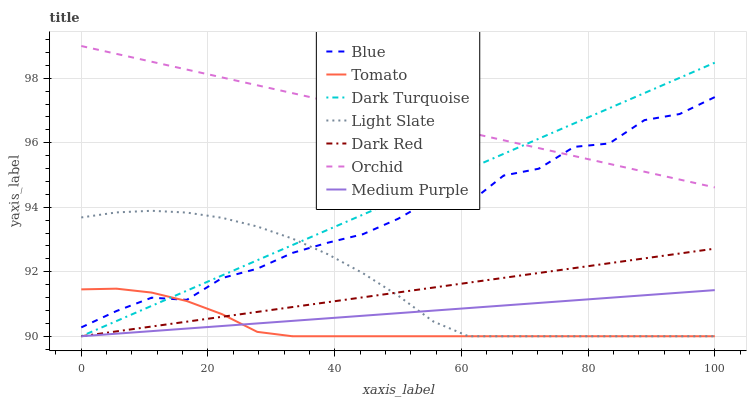
| xaxis_label | Blue | Tomato | Dark Turquoise | Light Slate | Dark Red | Orchid | Medium Purple |
 | --- | --- | --- | --- | --- | --- | --- | --- |
 | 0 | 90.3 | 91.5 | 90 | 93.7 | 90 | 99 | 90 |
 | 5.56 | 90.8 | 91.5 | 90.5 | 93.8 | 90.2 | 98.8 | 90.1 |
 | 11.1 | 91.2 | 91.4 | 90.9 | 93.9 | 90.3 | 98.5 | 90.2 |
 | 16.7 | 91.1 | 91.1 | 91.4 | 93.8 | 90.5 | 98.3 | 90.2 |
 | 22.2 | 91.8 | 90.7 | 91.9 | 93.7 | 90.6 | 98 | 90.3 |
 | 27.8 | 92.1 | 90.1 | 92.4 | 93.4 | 90.8 | 97.8 | 90.4 |
 | 33.3 | 92.6 | 90 | 92.8 | 93 | 90.9 | 97.5 | 90.5 |
 | 38.9 | 92.9 | 90 | 93.3 | 92.5 | 91.1 | 97.3 | 90.6 |
 | 44.4 | 93.2 | 90 | 93.8 | 92 | 91.2 | 97.1 | 90.6 |
 | 50 | 93.6 | 90 | 94.2 | 91.3 | 91.4 | 96.8 | 90.7 |
 | 55.6 | 94.3 | 90 | 94.7 | 90.5 | 91.5 | 96.6 | 90.8 |
 | 61.1 | 94.1 | 90 | 95.2 | 90 | 91.7 | 96.3 | 90.9 |
 | 66.7 | 95 | 90 | 95.7 | 90 | 91.8 | 96.1 | 91 |
 | 72.2 | 95.2 | 90 | 96.1 | 90 | 92 | 95.8 | 91 |
 | 77.8 | 95.9 | 90 | 96.6 | 90 | 92.1 | 95.6 | 91.1 |
 | 83.3 | 96 | 90 | 97.1 | 90 | 92.3 | 95.3 | 91.2 |
 | 88.9 | 96.7 | 90 | 97.5 | 90 | 92.4 | 95.1 | 91.3 |
 | 94.4 | 96.9 | 90 | 98 | 90 | 92.6 | 94.9 | 91.4 |
 | 100 | 97.4 | 90 | 98.5 | 90 | 92.7 | 94.6 | 91.4 |